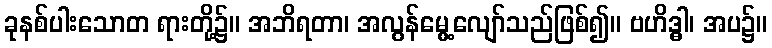
ခုနစ်ပါးသောတ ရားတို့၌။ အဘိရတာ၊ အလွန်မွေ့လျော်သည်ဖြစ်၍။ ဗဟိဒ္ဓါ၊ အပ၌။